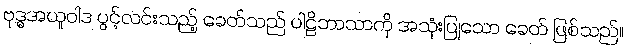
ဗုဒ္ဓအယူဝါဒ ပွင့်လင်းသည့် ခေတ်သည် ပါဠိဘာသာကို အသုံးပြုသော ခေတ် ဖြစ်သည်။